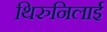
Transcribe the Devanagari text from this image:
थिरुनिलाई